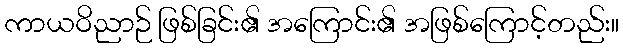
ကာယဝိညာဉ် ဖြစ်ခြင်း၏ အကြောင်း၏ အဖြစ်ကြောင့်တည်း။